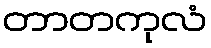
တာတကုလံ